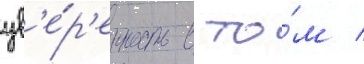
ув'е́р'енность в то́м /